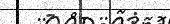
-      :